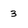
Character: 3